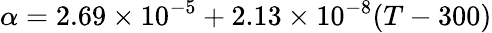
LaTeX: \alpha=2.69\times 10^{-5}+2.13\times 10^{-8}(T-300)